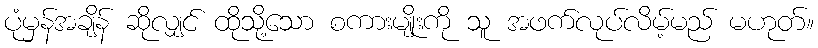
ပုံမှန်အချိန် ဆိုလျှင် ထိုသို့သော စကားမျိုးကို သူ အဖက်လုပ်လိမ့်မည် မဟုတ်။